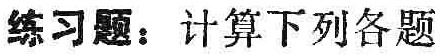
练习题：计算下列各题